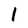
Character: 1